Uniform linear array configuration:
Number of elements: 24
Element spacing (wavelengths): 0.75
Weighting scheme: binomial
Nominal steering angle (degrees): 45
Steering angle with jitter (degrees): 43.249
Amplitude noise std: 0.05
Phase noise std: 0.05

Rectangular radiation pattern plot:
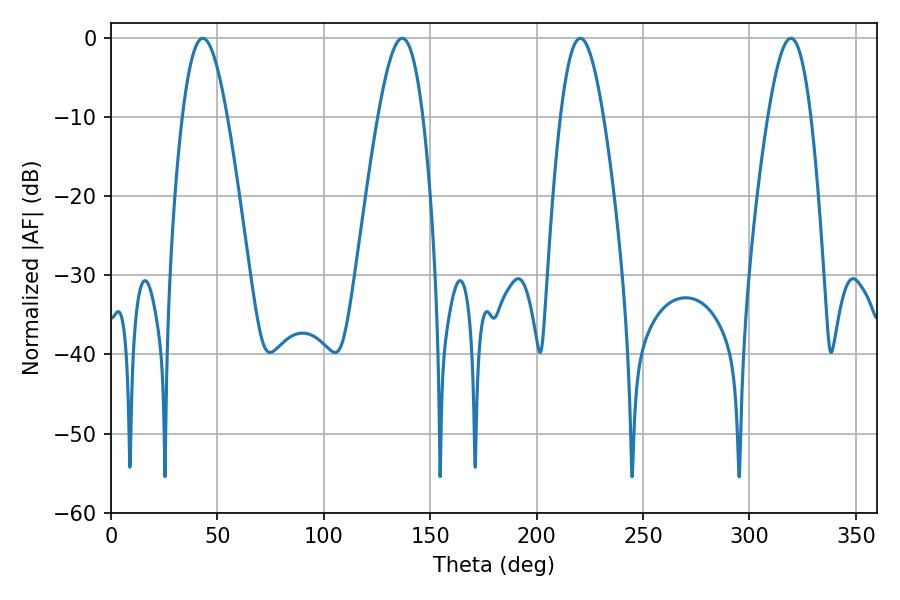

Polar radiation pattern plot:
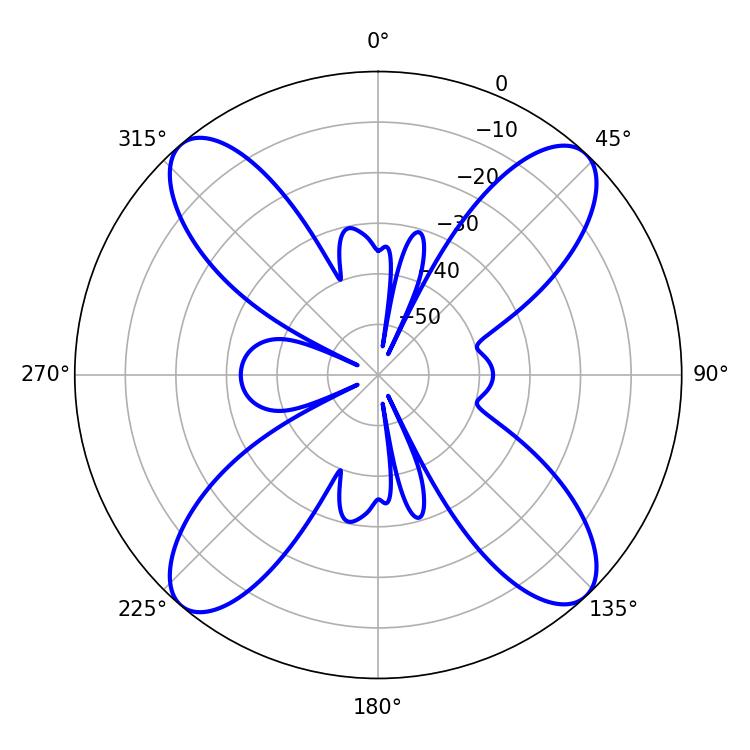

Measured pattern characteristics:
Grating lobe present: TRUE
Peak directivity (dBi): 18.663
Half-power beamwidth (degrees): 10.98
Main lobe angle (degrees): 220.5